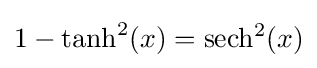
1-\tanh ^{2}(x)=\operatorname {sech^{2}} (x)